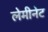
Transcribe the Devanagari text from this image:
लेमीनेट